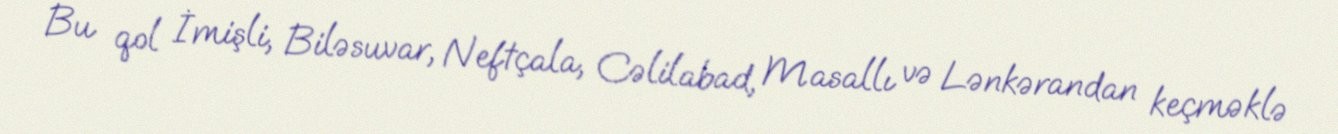
Bu qol İmişli, Biləsuvar, Neftçala, Cəlilabad, Masallı və Lənkərandan keçməklə